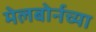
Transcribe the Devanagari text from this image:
मेलबोर्नच्या